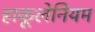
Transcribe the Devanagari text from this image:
हाकूलेनियम